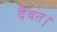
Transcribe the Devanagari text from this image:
दैवत।